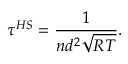
\tau ^ { H S } = \frac { 1 } { n d ^ { 2 } \sqrt { R T } } .